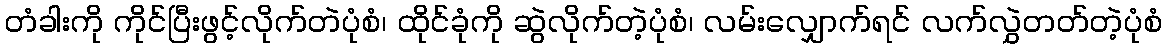
တံခါးကို ကိုင်ပြီးဖွင့်လိုက်တဲပုံစံ၊ ထိုင်ခုံကို ဆွဲလိုက်တဲ့ပုံစံ၊ လမ်းလျှောက်ရင် လက်လွှဲတတ်တဲ့ပုံစံ